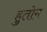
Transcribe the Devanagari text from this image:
हुतोम